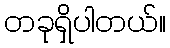
တခုရှိပါတယ်။